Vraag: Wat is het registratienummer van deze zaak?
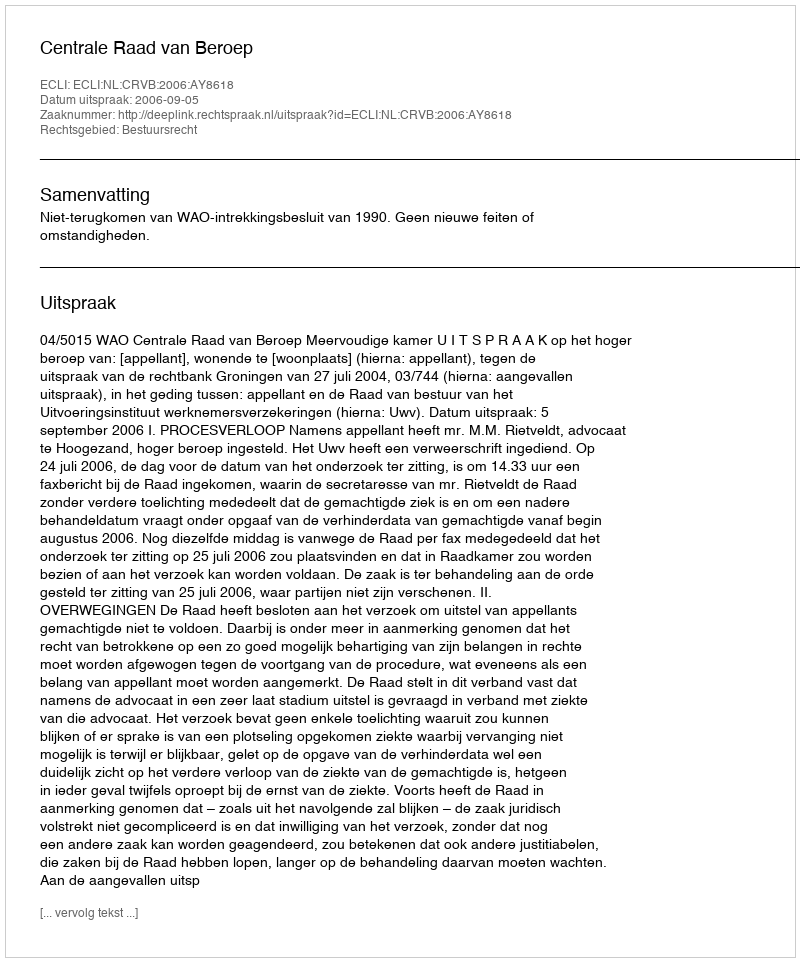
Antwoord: http://deeplink.rechtspraak.nl/uitspraak?id=ECLI:NL:CRVB:2006:AY8618